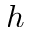
h